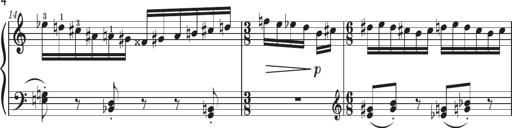
Title: Sonatine in 3 SÃ¤tzen
Composer: Gertrud Schweizer